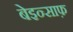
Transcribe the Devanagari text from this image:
बेइन्साफ़